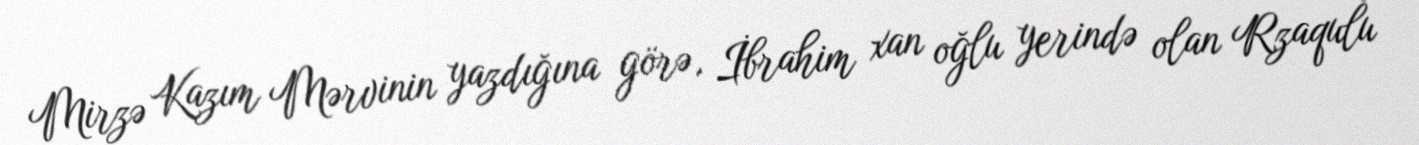
Mirzə Kazım Mərvinin yazdığına görə, İbrahim xan oğlu yerində olan Rzaqulu